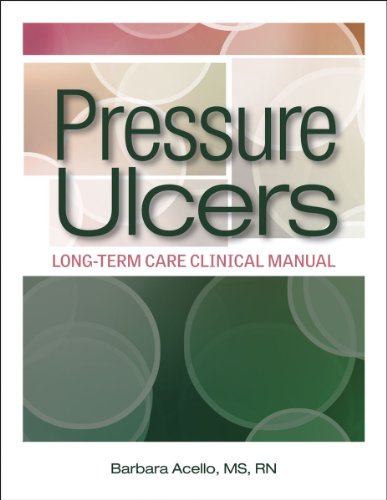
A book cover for Pressure Ulcers: Long-Term Care Clinical Manual; Barbara Acello MS RN; Health, Fitness & Dieting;